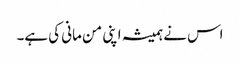
اس نے ہمیشہ اپنی من مانی کی ہے۔